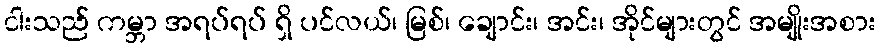
ငါးသည် ကမ္ဘာ အရပ်ရပ် ရှိ ပင်လယ်၊ မြစ်၊ ချောင်း၊ အင်း၊ အိုင်များတွင် အမျိုးအစား